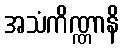
အသံကိဏ္ဏာနိ